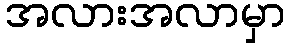
အလားအလာမှာ